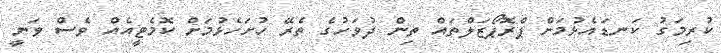
ކުރިމަގު ކަނޑައެޅުމަށް ޕްރޮޕޯޒަލްތައް ތިން ދުވަހުގެ ތެރޭ ހުށަހެޅުމަށް ކޮމެޓީއެއް ވެސް ވަނީ